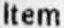
ITEM